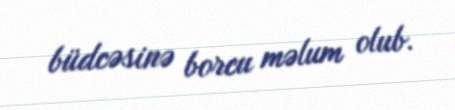
büdcəsinə borcu məlum olub.